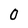
Character: 0